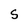
Character: S